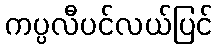
ကပ္ပလီပင်လယ်ပြင်